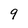
Character: 9